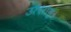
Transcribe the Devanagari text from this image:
उत्‍साह।